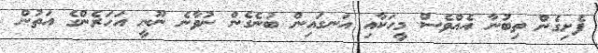
ފެށިގެން ތިބުނާ އެއްވެސް މީހަކާއި އަނގައިން ބުނެގެން ނުވާނެ ނޫނީ އަހަރެންގެ އަތުން